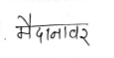
मजकूर: मैदानावर